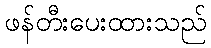
ဖန်တီးပေးထားသည်